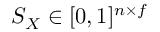
S _ { X } \in [ 0 , 1 ] ^ { n \times f }